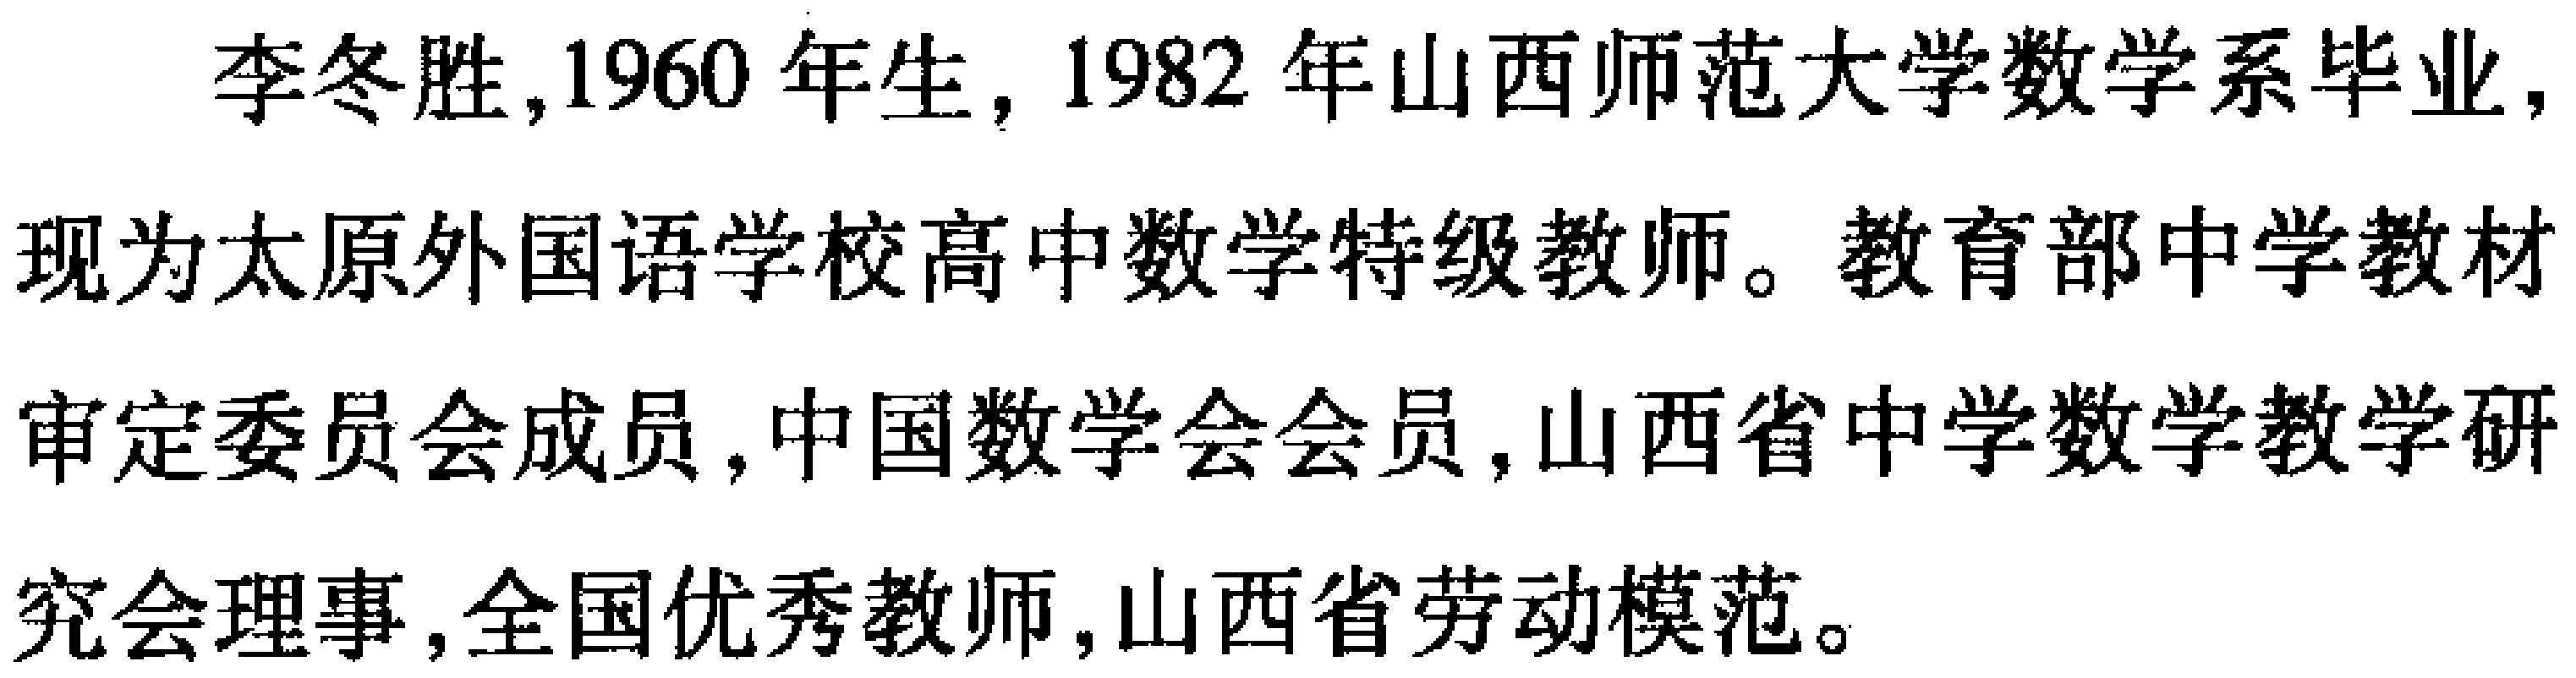
李冬胜,1960年生, 1982年山西师范大学数学系毕业, 现为太原外国语学校高中数学特级教师。教育部中学教材审定委员会成员,中国数学会会员,山西省中学数学教学研究会理事,全国优秀教师,山西省劳动模范。